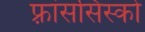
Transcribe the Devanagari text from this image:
फ़्रांससिस्को